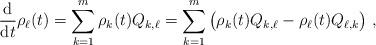
LaTeX: \begin{align*}\frac{{\rm d}}{{\rm d}t}\rho_\ell(t) = \sum_{k=1}^m \rho_k(t) Q_{k,\ell} = \sum_{k=1}^m \big(\rho_k(t) Q_{k,\ell} - \rho_\ell(t)Q_{\ell,k} \big) \ ,\end{align*}